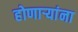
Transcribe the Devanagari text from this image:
होणाऱ्यांना